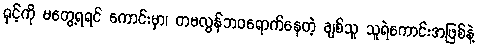
ရှင့်ကို မတွေ့ရရင် ကောင်းမှာ၊ တမလွန်ဘဝရောက်နေတဲ့ ချစ်သူ သူရဲကောင်းအဖြစ်နဲ့